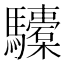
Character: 𩧐